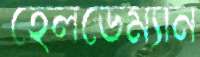
হেলডেম্যান